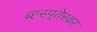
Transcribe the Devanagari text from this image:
ब्र्ह्स्प्तेस्व्रर